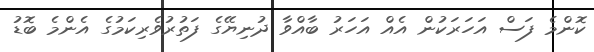
ކޮންމެ ފަސް އަހަރަކުން އެއް އަހަރު ބާއްވާ ދުނިޔޭގެ ފަތުރުވެރިކަމުގެ އެންމެ ބޮޑު